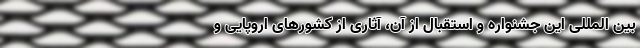
بین المللی این جشنواره و استقبال از آن، آثاری از کشورهای اروپایی و